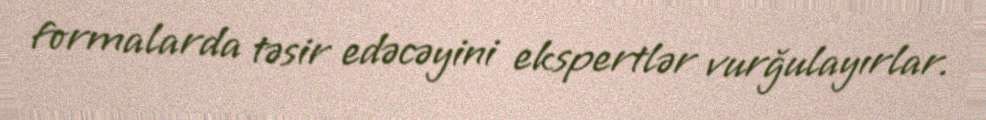
formalarda təsir edəcəyini ekspertlər vurğulayırlar.